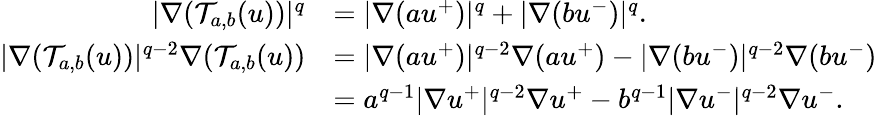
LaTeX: \begin{array}{rl}{|\nabla(\mathcal{T}_{a,b}(u))|^{q}}&{=|\nabla(au^{+})|^{q}+|\nabla(bu^{-})|^{q}.}\\ {|\nabla(\mathcal{T}_{a,b}(u))|^{q-2}\nabla(\mathcal{T}_{a,b}(u))}&{=|\nabla(au^{+})|^{q-2}\nabla(au^{+})-|\nabla(bu^{-})|^{q-2}\nabla(bu^{-})}\\ &{=a^{q-1}|\nabla u^{+}|^{q-2}\nabla u^{+}-b^{q-1}|\nabla u^{-}|^{q-2}\nabla u^{-}.}\end{array}